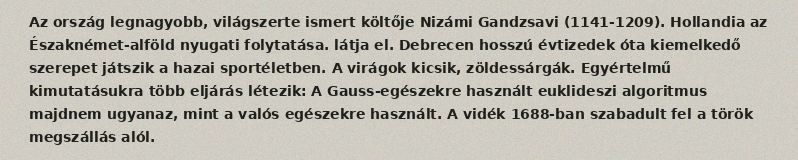
Az ország legnagyobb, világszerte ismert költője Nizámi Gandzsavi (1141-1209). Hollandia az Északnémet-alföld nyugati folytatása. látja el. Debrecen hosszú évtizedek óta kiemelkedő szerepet játszik a hazai sportéletben. A virágok kicsik, zöldessárgák. Egyértelmű kimutatásukra több eljárás létezik: A Gauss-egészekre használt euklideszi algoritmus majdnem ugyanaz, mint a valós egészekre használt. A vidék 1688-ban szabadult fel a török megszállás alól.